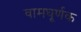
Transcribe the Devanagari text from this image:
वामघूर्णक